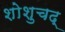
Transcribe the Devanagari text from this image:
शोशुचद्